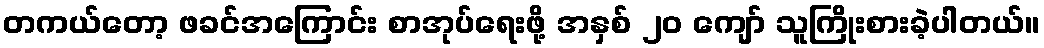
တကယ်တော့ ဖခင်အကြောင်း စာအုပ်ရေးဖို့ အနှစ် ၂၀ ကျော် သူကြိုးစားခဲ့ပါတယ်။